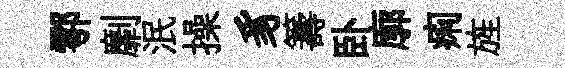
鄠劘泯操豸籌卧廓痢旌